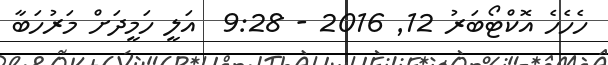
ހެހެހެ އޮކްޓޯބަރު 12